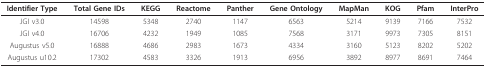
| Identifier Type | Total Gene IDs | KEGG | Reactome | Panther | Gene Ontology | MapMan | KOG | Pfam | InterPro |
 | --- | --- | --- | --- | --- | --- | --- | --- | --- | --- |
 | JGI v3.0 | 14598 | 5348 | 2740 | 1147 | 6563 | 5214 | 9139 | 7166 | 7532 |
 | JGI v4.0 | 16706 | 4232 | 1949 | 1085 | 7568 | 3171 | 9973 | 7305 | 8151 |
 | Augustus v5.0 | 16888 | 4686 | 2983 | 1673 | 4334 | 3160 | 5123 | 8202 | 5202 |
 | Augustus u10.2 | 17302 | 4583 | 3326 | 1913 | 6956 | 3892 | 8977 | 8691 | 7464 |